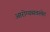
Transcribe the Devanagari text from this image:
आरोग्यव्यवस्थेत